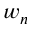
w _ { n }